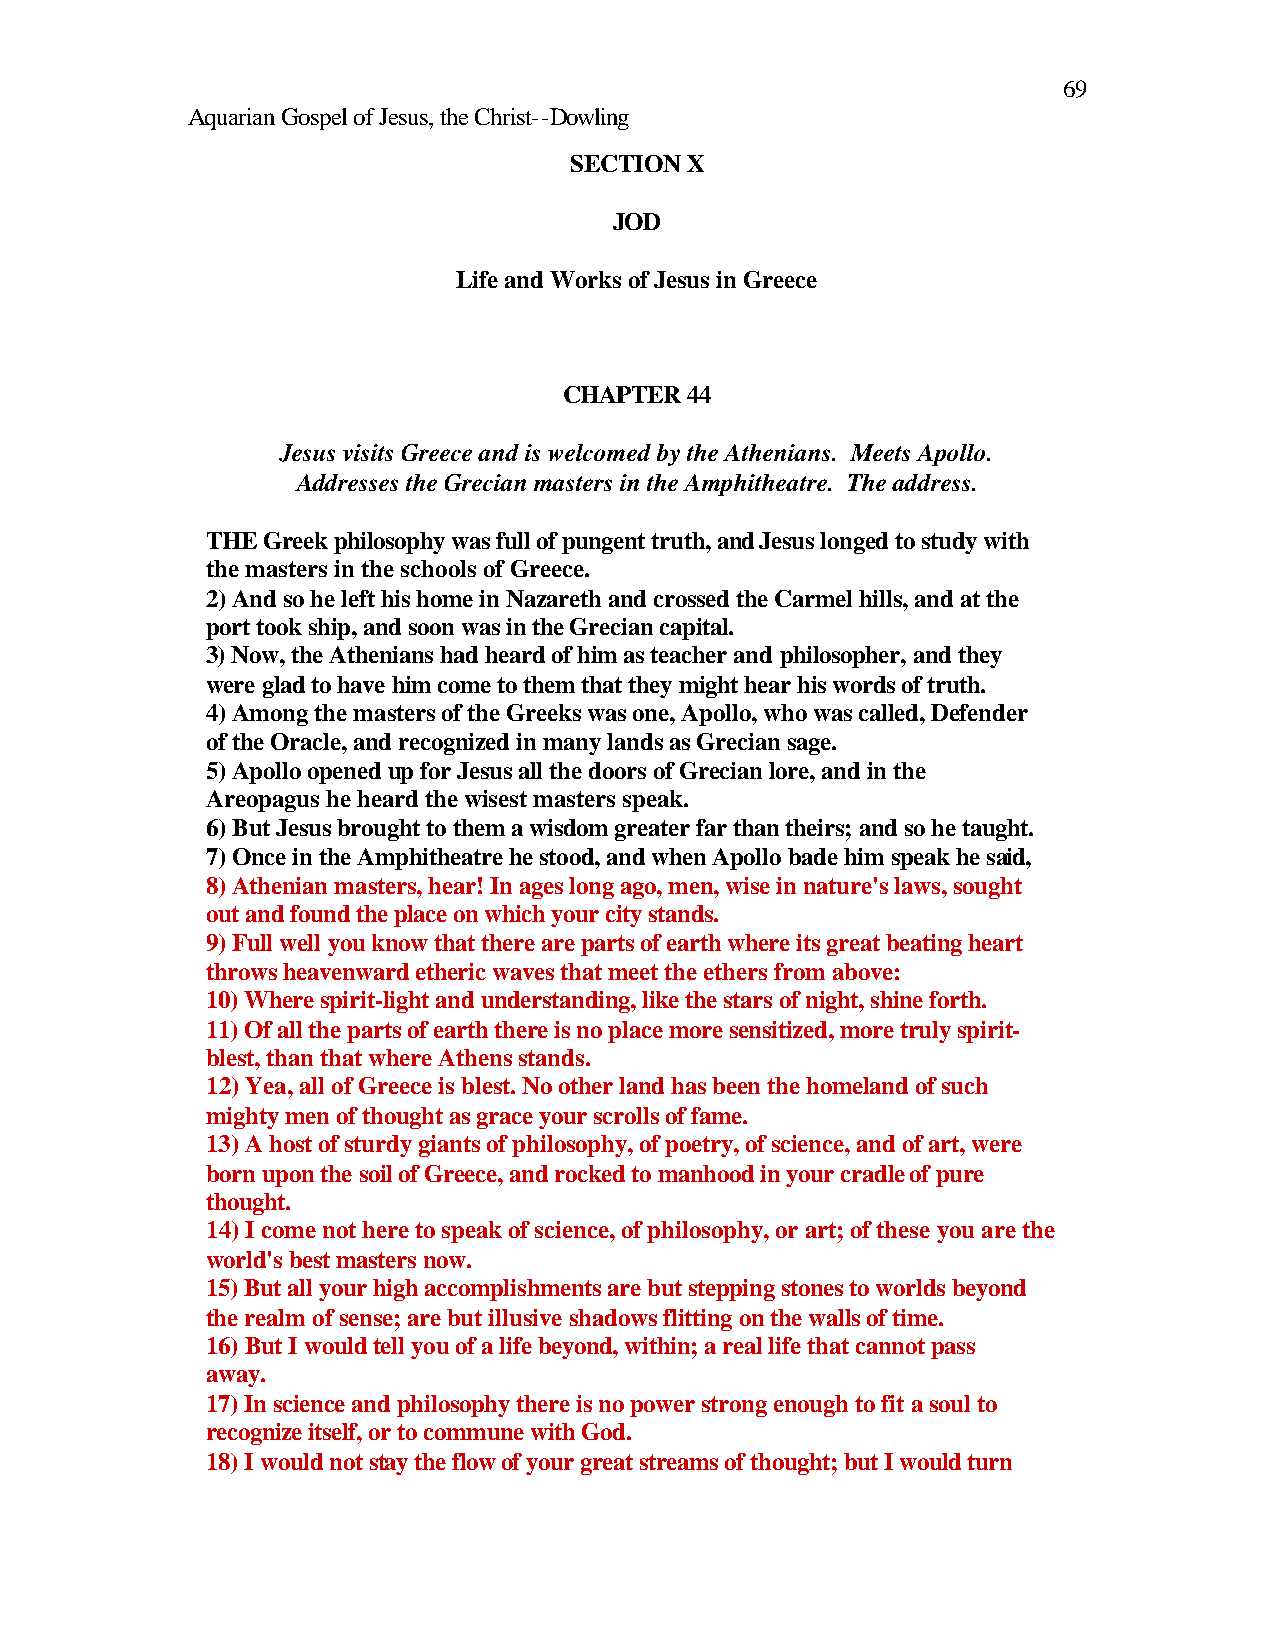
69
 Aquarian Gospel of Jesus, the Christ--Dowling
 SECTION X
 JOD
 Life and Works of Jesus in Greece
 CHAPTER 44
 Jesus visits Greece and is welcomed by the Athenians. Meets Apollo.
 Addresses the Grecian masters in the Amphitheatre. The address.
 THE Greek philosophy was full of pungent truth, and Jesus longed to study with
 the masters in the schools of Greece.
 2) And so he left his home in Nazareth and crossed the Carmel hills, and at the
 port took ship, and soon was in the Grecian capital.
 3) Now, the Athenians had heard of him as teacher and philosopher, and they
 were glad to have him come to them that they might hear his words of truth.
 4) Among the masters of the Greeks was one, Apollo, who was called, Defender
 of the Oracle, and recognized in many lands as Grecian sage.
 5) Apollo opened up for Jesus all the doors of Grecian lore, and in the
 Areopagus he heard the wisest masters speak.
 6) But Jesus brought to them a wisdom greater far than theirs; and so he taught.
 7) Once in the Amphitheatre he stood, and when Apollo bade him speak he said,
 8) Athenian masters, hear! In ages long ago, men, wise in nature's laws, sought
 out and found the place on which your city stands.
 9) Full well you know that there are parts of earth where its great beating heart
 throws heavenward etheric waves that meet the ethers from above:
 10) Where spirit-light and understanding, like the stars of night, shine forth.
 11) Of all the parts of earth there is no place more sensitized, more truly spirit-
 blest, than that where Athens stands.
 12) Yea, all of Greece is blest. No other land has been the homeland of such
 mighty men of thought as grace your scrolls of fame.
 13) A host of sturdy giants of philosophy, of poetry, of science, and of art, were
 born upon the soil of Greece, and rocked to manhood in your cradle of pure
 thought.
 14) I come not here to speak of science, of philosophy, or art; of these you are the
 world's best masters now.
 15) But all your high accomplishments are but stepping stones to worlds beyond
 the realm of sense; are but illusive shadows flitting on the walls of time.
 16) But I would tell you of a life beyond, within; a real life that cannot pass
 away.
 17) In science and philosophy there is no power strong enough to fit a soul to
 recognize itself, or to commune with God.
 18) I would not stay the flow of your great streams of thought; but I would turn